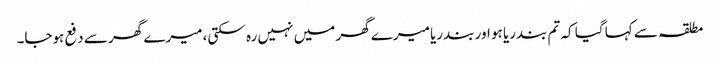
مطلقہ سے کہا گیا کہ تم بندریا ہو اور بندریا میرے گھر میں نہیں رہ سکتی، میرے گھر سے دفع ہوجا۔